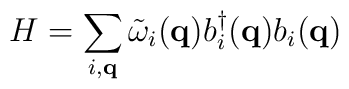
H = \sum_{ i, {\bf{q}} }{\tilde{\omega}}_{ i }({\bf{q}})b^{\dagger}_{ i }({\bf{q}})b_{ i }({\bf{q}})